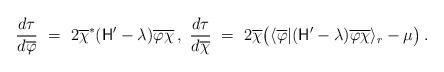
LaTeX: \begin{align*}\frac{d\tau}{d\overline{\varphi}}\ =\ 2\overline{\chi}^\ast(\mathsf{H}'-\lambda )\overline{\varphi}\overline{\chi}\, ,\ \frac{d\tau}{d\overline{\chi}}\ =\ 2\overline{\chi}\bigl(\langle\overline{\varphi}|(\mathsf{H}'-\lambda )\overline{\varphi}\overline{\chi}\rangle_{r}-\mu\bigr)\, .\end{align*}